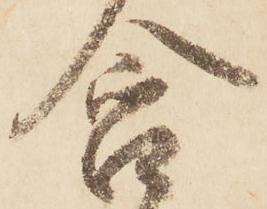
含